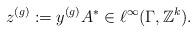
LaTeX: \begin{align*}z^{(g)}:= y^{(g)}A^* \in \ell^\infty(\Gamma,\mathbb{Z}^k).\end{align*}